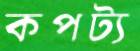
কপট্য